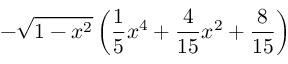
- \sqrt { 1 - x ^ { 2 } } \left( \frac { 1 } { 5 } x ^ { 4 } + \frac { 4 } { 1 5 } x ^ { 2 } + \frac { 8 } { 1 5 } \right)